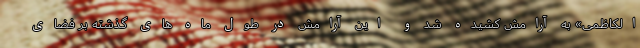
الکاظمی» به آرامش کشیده شد و این آرامش در طول ماه های گذشته بر فضای